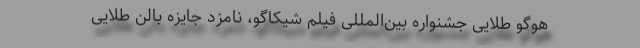
هوگو طلایی جشنواره بین‌المللی فیلم شیکاگو، نامزد جایزه بالن طلایی